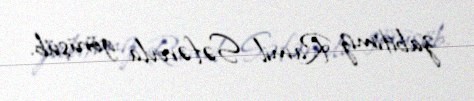
zabitimiz Ramil Səfərovla görüşüb.